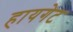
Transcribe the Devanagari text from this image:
हायगेट